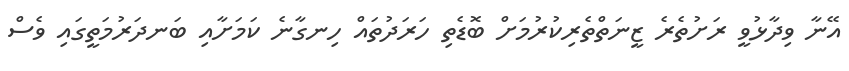
އޭނާ ވިދާޅުވީ ރަށުތެރެ ޒީނަތްތެރިކުރުމަށް ބޮޑެތި ހަރަދުތައް ހިނގާނެ ކަމަށާއި ބަނދަރުމަތީގައި ވެސް